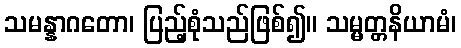
သမန္နာဂတော၊ ပြည့်စုံသည်ဖြစ်၍။ သမ္မတ္တနိယာမံ၊